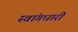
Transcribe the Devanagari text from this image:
स्वांगधारी